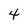
Character: 4